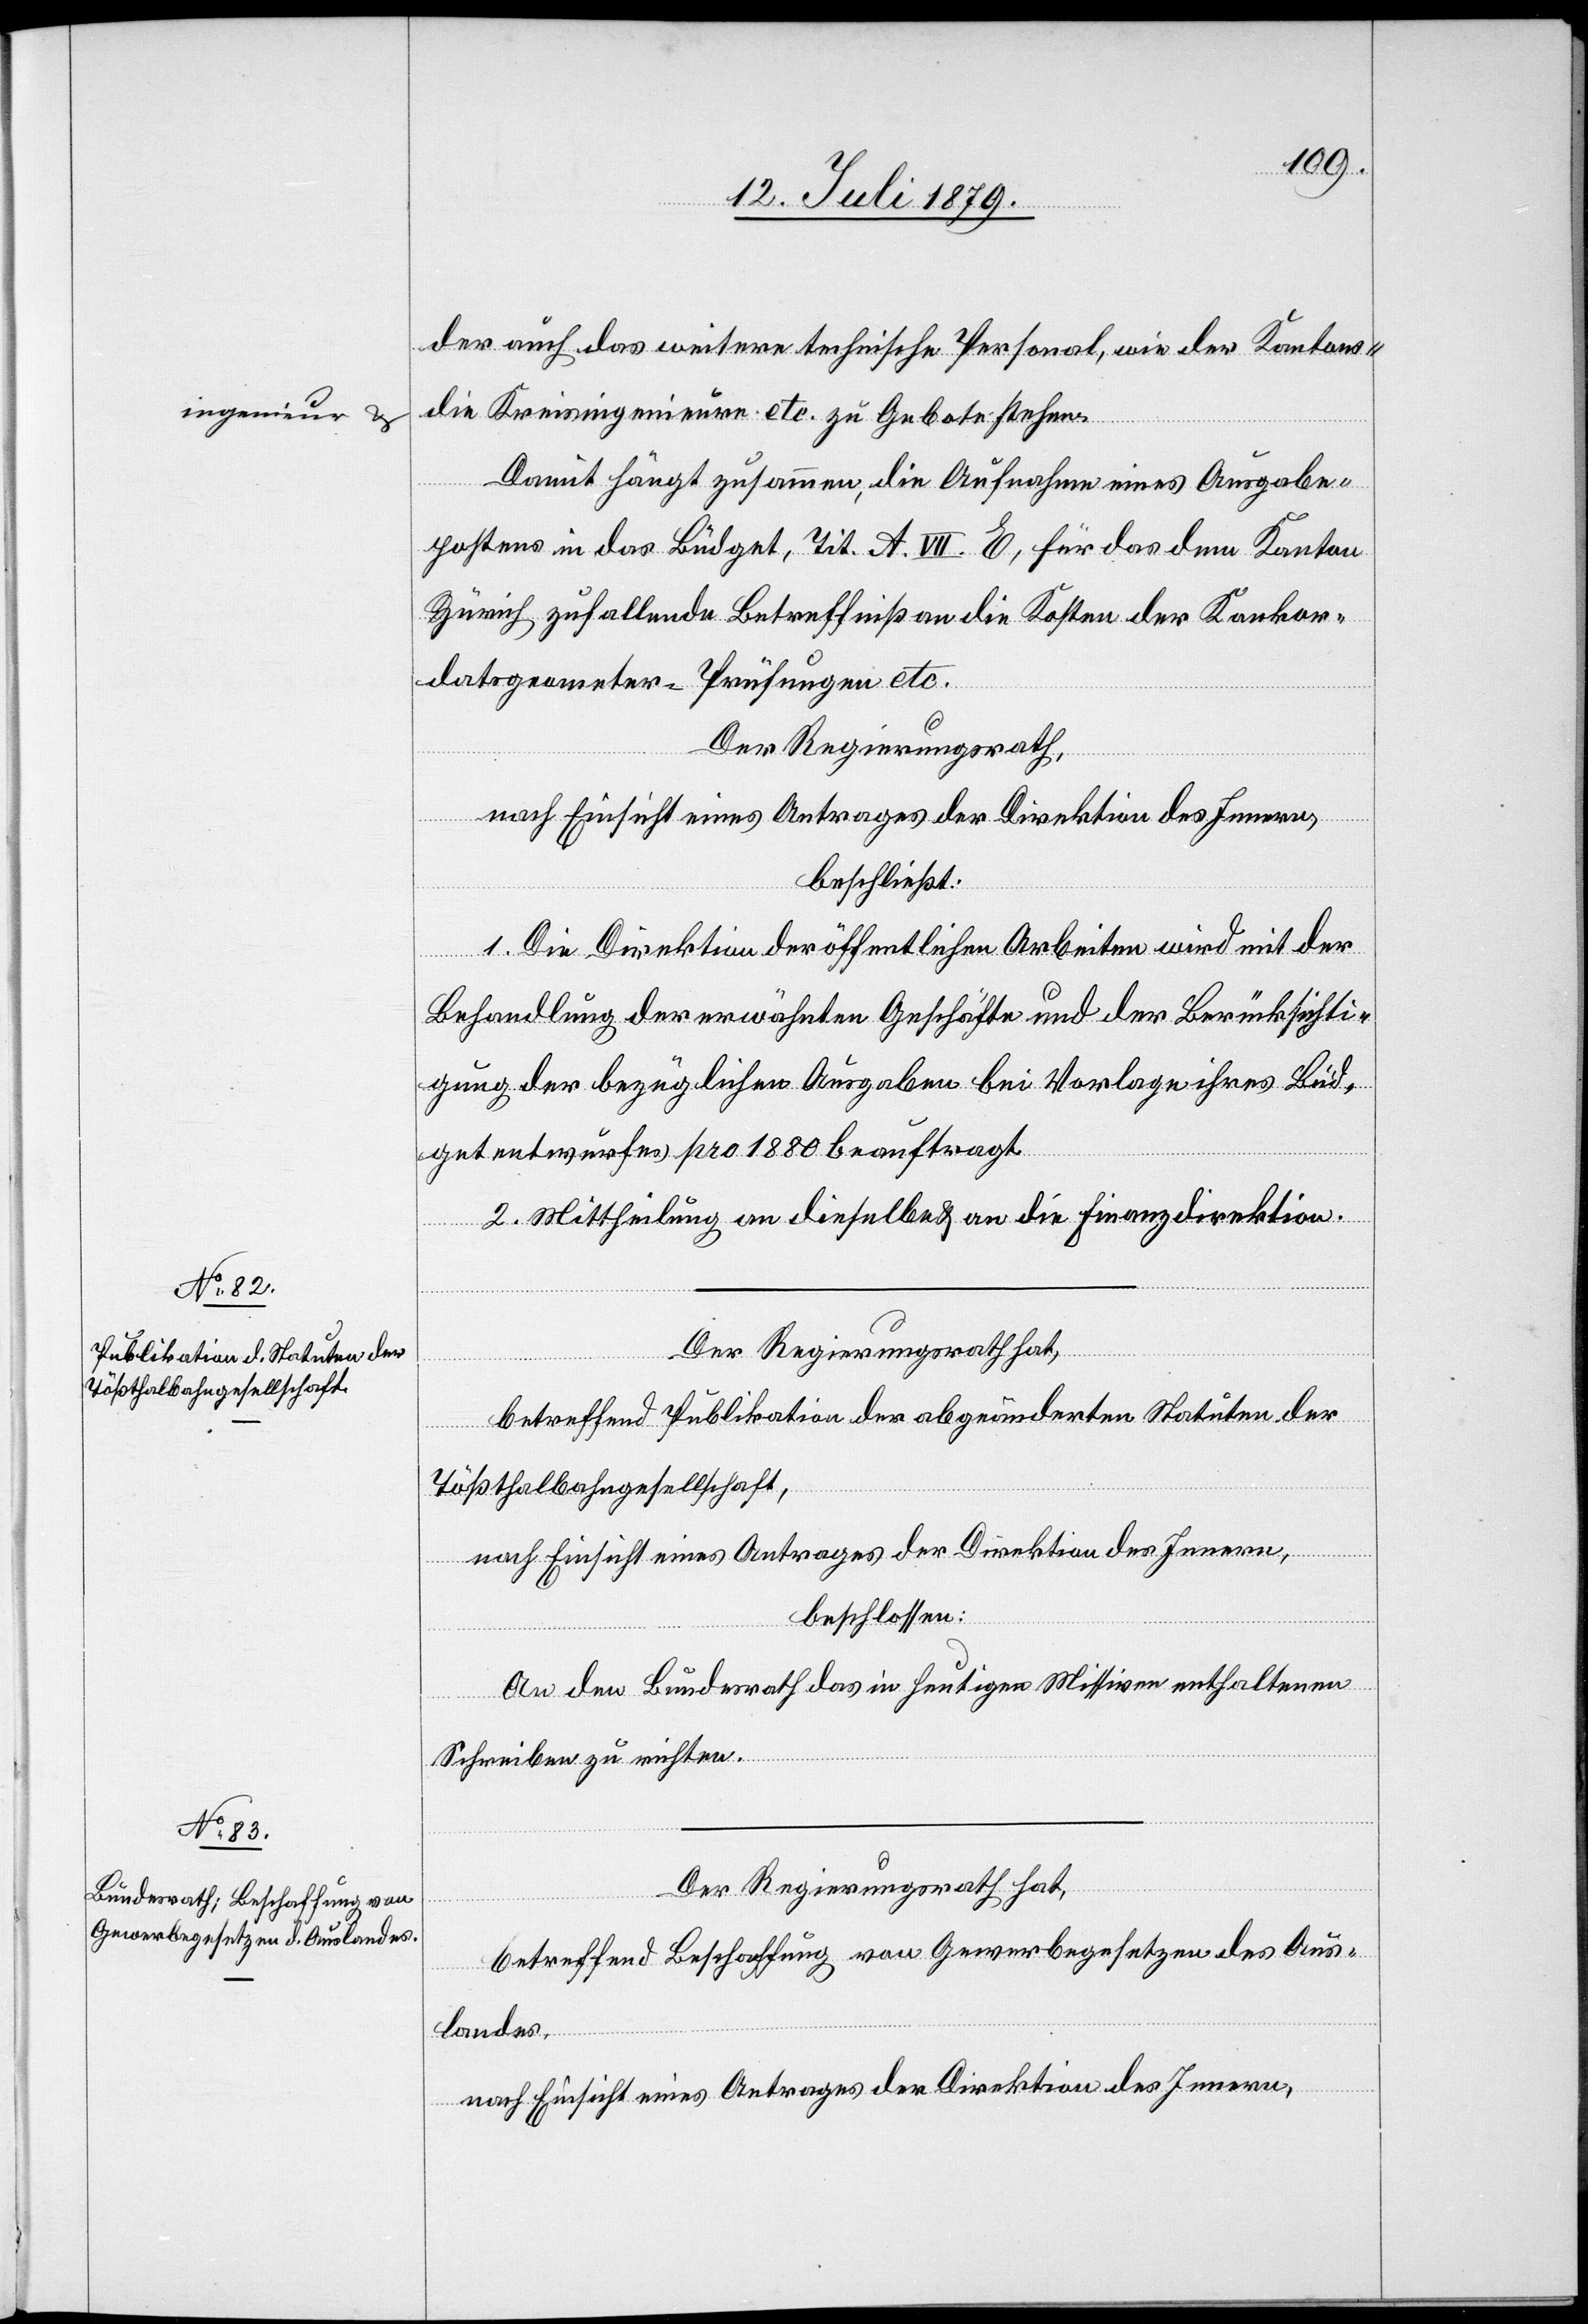
ngenieur

der auch das weitere technische Personal, wie der Kantons-a-i¬
die Kreisingenieure etc. zu Gebote stehen.
Damit hängt zusammen, die Aufnahme eines Ausgabe¬
postens in das Büdget, Tit. A. VII. E, für das dem Kanton
Zürich zufallende Betreffniß an die Kosten der Konkor¬
datsgeometer-Prüfungen etc.
Der Regierungsrath,
nach Einsicht eines Antrages der Direktion des Innern,
beschließt:
1. Die Direktion der öffentlichen Arbeiten wird mit der
Behandlung der erwähnten Geschäfte und der Berücksichti¬
gung der bezüglichen Ausgaben bei Vorlage ihres Büd¬
getentwurfes pro 1880 beauftragt.
2. Mittheilung an dieselbe & an die Finanzdirektion.
Der Regierungsrath hat,
betreffend Publikation der abgeänderten Statuten der
Tößthalbahngesellschaft,
nach Einsicht eines Antrages der Direktion des Innern,
beschlossen:
An den Bundesrath das in heutigen Missiven enthaltenen
Schreiben zu richten.
Der Regierungsrath hat,
betreffend Beschaffung von Gewerbegesetzen des Aus¬
landes,
nach Einsicht eines Antrages der Direktion des Innern,